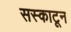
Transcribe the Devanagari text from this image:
सस्काटून